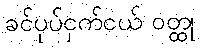
ခင်ပုပ်ငှက်ငယ် ဝတ္ထု